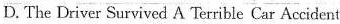
D.The Driver Survived A Terrible Car Accident